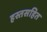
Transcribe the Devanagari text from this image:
हस्तसहित